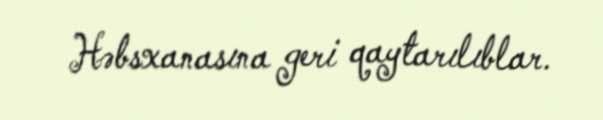
Həbsxanasına geri qaytarılıblar.